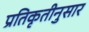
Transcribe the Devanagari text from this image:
प्रतिकृतीनुसार